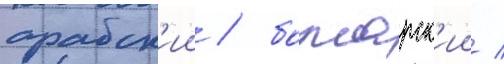
арабск'ии / болгарск'ии /